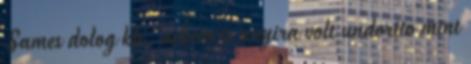
Sames dolog kb. nekem is anyira volt undorito mint